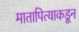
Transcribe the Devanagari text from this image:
मातापित्याकडून